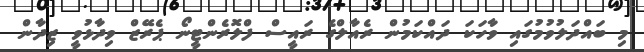
މި ބައްދަލުވުމުގައި ވާހަކަ ދައްކަމުން ރެއާލްގެ ރައީސް ފްލޮރެންޓީނޯ ޕެރޭޒް ވިދާޅުވީ ޒިދާން